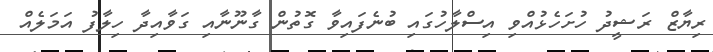
ރިޔާޒް ރަޝީދު ހުށަހެޅުއްވި އިސްލާހުގައި ބުނެފައިވާ ގޮތުން ގާނޫނާއި ގަވާއިދާ ހިލާފު އަމަލެއް